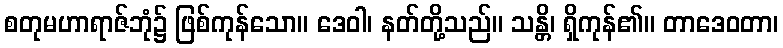
စတုမဟာရာဇ်ဘုံ၌ ဖြစ်ကုန်သော။ ဒေဝါ၊ နတ်တို့သည်။ သန္တိ၊ ရှိကုန်၏။ တာဒေဝတာ၊